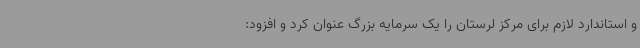
و استاندارد لازم برای مرکز لرستان را یک سرمایه بزرگ عنوان کرد و افزود: